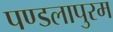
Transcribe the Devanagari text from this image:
पण्डलापुरम